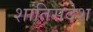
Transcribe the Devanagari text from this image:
शांतिसंदेश